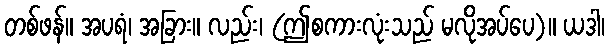
တစ်ဖန်။ အပရံ၊ အခြား။ လည်း၊ (ဤစကားလုံးသည် မလိုအပ်ပေ)။ ယဒါ၊